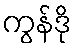
ကွန်ဒို